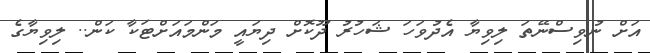
އަށް ނުވިސްނޭތަ ލިވިޔާ އެދުވަހަ ޝަހުރު ދޫކޮށް ދިޔައީ މަންމައަށްޓަކާ ކަން.. ލިވިޔާގެ